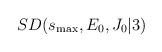
LaTeX: \begin{align*}SD(s_\mathrm{max},E_0,J_0\vert 3)\end{align*}